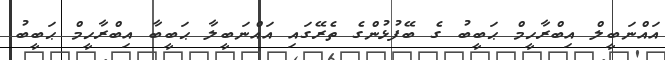
އައްނަބީލް އިބްރާހީމް ޙަބީބު ގެ ބޭފުޅުންގެ ތެރޭގައި އައްނަބީލާ ޙަބީބާ އިބްރާހީމް ޙަބީބު